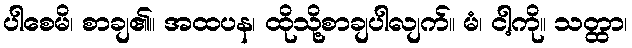
ပါစေမိ၊ စာချ၏။ အထပန၊ ထိုသို့စာချပါလျက်။ မံ၊ ငါ့ကို။ သတ္ထာ၊